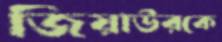
জিয়াউরকে